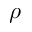
\rho